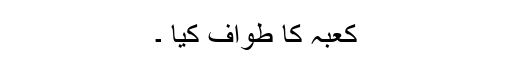
کعبہ کا طواف کیا ۔